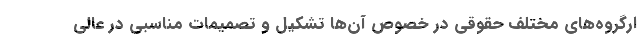
ارگروه‌های مختلف حقوقی در خصوص آن‌ها تشکیل و تصمیمات مناسبی در عالی